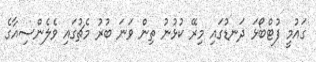
ގައުމީ ފުޓްބޯޅަ ދަނޑުގައި މިރޭ ކުޅުނު ތިން ވަނަ ބުރު މެޗުގައި ވެލެންސިއާގެ